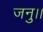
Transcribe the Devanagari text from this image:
जनु।।